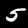
Digit: 5